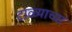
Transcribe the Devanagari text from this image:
टाळ्याच्या